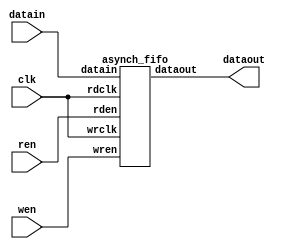
module top_wrapper (
	input [7:0] datain,
	input       wen,
	input       ren,
	input       clk,
	output[7:0] dataout );

	asynch_fifo DUT (
		.wrclk	(clk),
		.rdclk	(clk),
		.wren	(wen),
		.rden	(ren),
		.datain	(datain),
		.dataout (dataout) );

endmodule 

module asynch_fifo # (parameter WIDTH = 8,         // considering 8X8 fifo
								DEPTH = 16,
								PTR	= 4 )          // 2**3 = 8 (DEPTH)

(
			input wire 					reset_,
			//=== Signals for WRITE
			input  wire 				wrclk,        // Clk for writing data
			input  wire 				wren,         // request to write 
			input  wire [WIDTH-1 : 0]	datain,       // Data coming in 
			output wire					wrfull,       // indicates fifo is full or not (To avoid overiding)
			output wire			 		wrempty,      // 0- some data is present (atleast 1 data is present)                                          
			output wire	[PTR  : 0]		wrusedw,      // number of slots currently in use for writing                                                                                                
                                                    
			
			//=== Signals for READ

            input  wire 				rdclk,        // Clk for reading data    
			input  wire 				rden,         // Request to read from FIFO 
			output wire [WIDTH-1 : 0]	dataout,      // Data coming out 
			output wire 				rdfull,       // 1-FIFO IS FULL (DATA AVAILABLE FOR READ is == DEPTH)
			output wire					rdempty,      // indicates fifo is empty or not (to avoid underflow)
			output wire [PTR  : 0] 		rdusedw,      // number of slots currently in use for reading

			output 	 		dbg						  //For Debug

);
			reg[WIDTH -1:0]		ram [DEPTH -1:0];
			wire 				wren_int;
			wire				rden_int;
			reg[PTR -1:0]		wradr;
			reg[PTR -1:0]		rdadr;
			reg[PTR -1:0]		usedw;
			reg[WIDTH -1:0]		data_out;

			assign wren_int = wren & !wrfull;
			assign rden_int = rden & !rdempty;

			assign rdempty = (wradr == rdadr)? 1'b1 : 1'b0;
			assign wrempty = (wradr == rdadr)? 1'b1 : 1'b0;
			assign rdfull = (wradr == rdadr -1)? 1'b1 : 1'b0;
			assign wrfull = (wradr == rdadr -1)? 1'b1 : 1'b0;

			assign dataout = data_out;

			initial begin
				wradr <= 1'b0;
				rdadr <= 1'b0;
			end

			always @(posedge wrclk) begin
				if(wren_int) begin
					ram[wradr] <= datain;
					wradr <= wradr + 1;
				end
			end

			always @(posedge rdclk) begin
				if(rden_int) begin
					data_out <= ram[rdadr];
					rdadr <= rdadr + 1;
				end
			end
endmodule